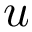
u